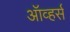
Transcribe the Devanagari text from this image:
ऑव्हर्स